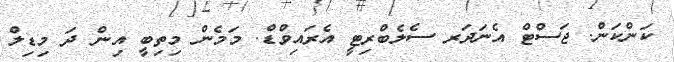
ކަންކަން. ޖަސްޓް އެނަދަރ ސެލެބްރިޓީ އެރައިވްޑް. މަމެން މިތިބީ އިން ދަ މިޑިލް